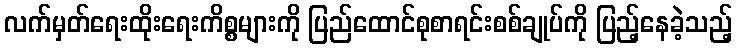
လက်မှတ်ရေးထိုးရေးကိစ္စများကို ပြည်ထောင်စုစာရင်းစစ်ချုပ်ကို ပြည့်နေခဲ့သည့်